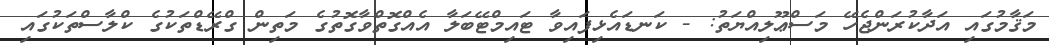
މަޤާމުގައި އަދާކުރަންޖެހޭ މަސްޢޫލިއްޔަތު: - ކަނޑައެޅިފައިވާ ޓައިމްޓޭބަލާ އެއްގޮތްވާގޮތުގެ މަތިން ގްރޭޑްތަކުގެ ކްލާސްތަކުގައި